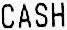
CASH